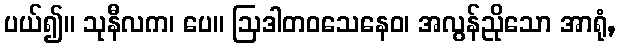
ပယ်၍။ သုနီလက၊ ပေ။ ဩဒါတဝသေနေဝ၊ အလွန်ညိုသော အာရုံ,